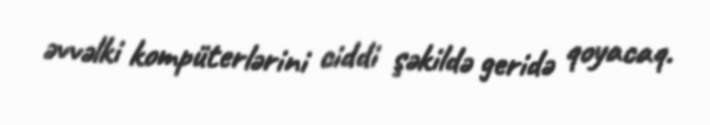
əvvəlki kompüterlərini ciddi şəkildə geridə qoyacaq.